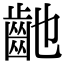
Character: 䶔